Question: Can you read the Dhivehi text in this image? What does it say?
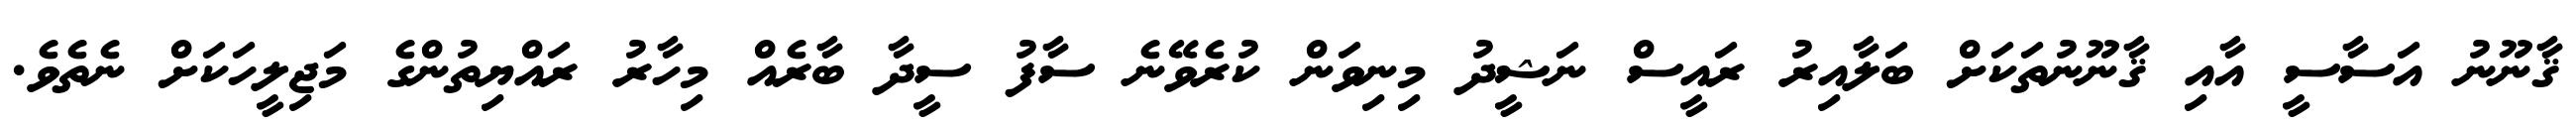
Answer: ޤާނޫނު އަސާސީ އާއި ޤާނޫނުތަކަށް ބަލާއިރު ރައީސް ނަޝީދު މިނިވަން ކުރެވޭނެ ސާފު ސީދާ ބާރެއް މިހާރު ރައްޔިތުންގެ މަޖިލީހަކަށް ނެތެވެ.